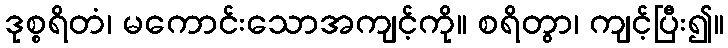
ဒုစ္စရိတံ၊ မကောင်းသောအကျင့်ကို။ စရိတွာ၊ ကျင့်ပြီး၍။